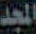
المجد